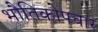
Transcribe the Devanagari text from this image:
भौतिकोपचार